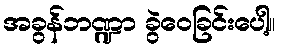
အခွန်ဘဏ္ဍာ ခွဲဝေခြင်းပေါ့။